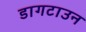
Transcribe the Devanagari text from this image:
डागटाउन